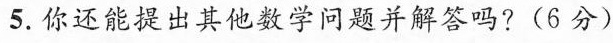
5.你还能提出其他数学问题并解答吗?(6分)